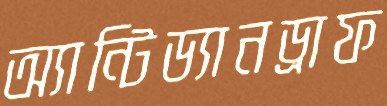
অ্যান্টিড্যানড্রাফ